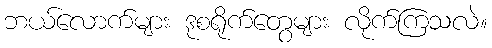
ဘယ်လောက်များ ဒုစရိုက်တွေများ လိုက်ကြသလဲ။